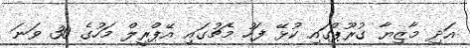
އަދި މާޒިޔާ ގުރޫޕްގައި ކުޅޭ ފަހު މެޗުގައި އޭޕްރީލް މަހުގެ 30 ވަނަ